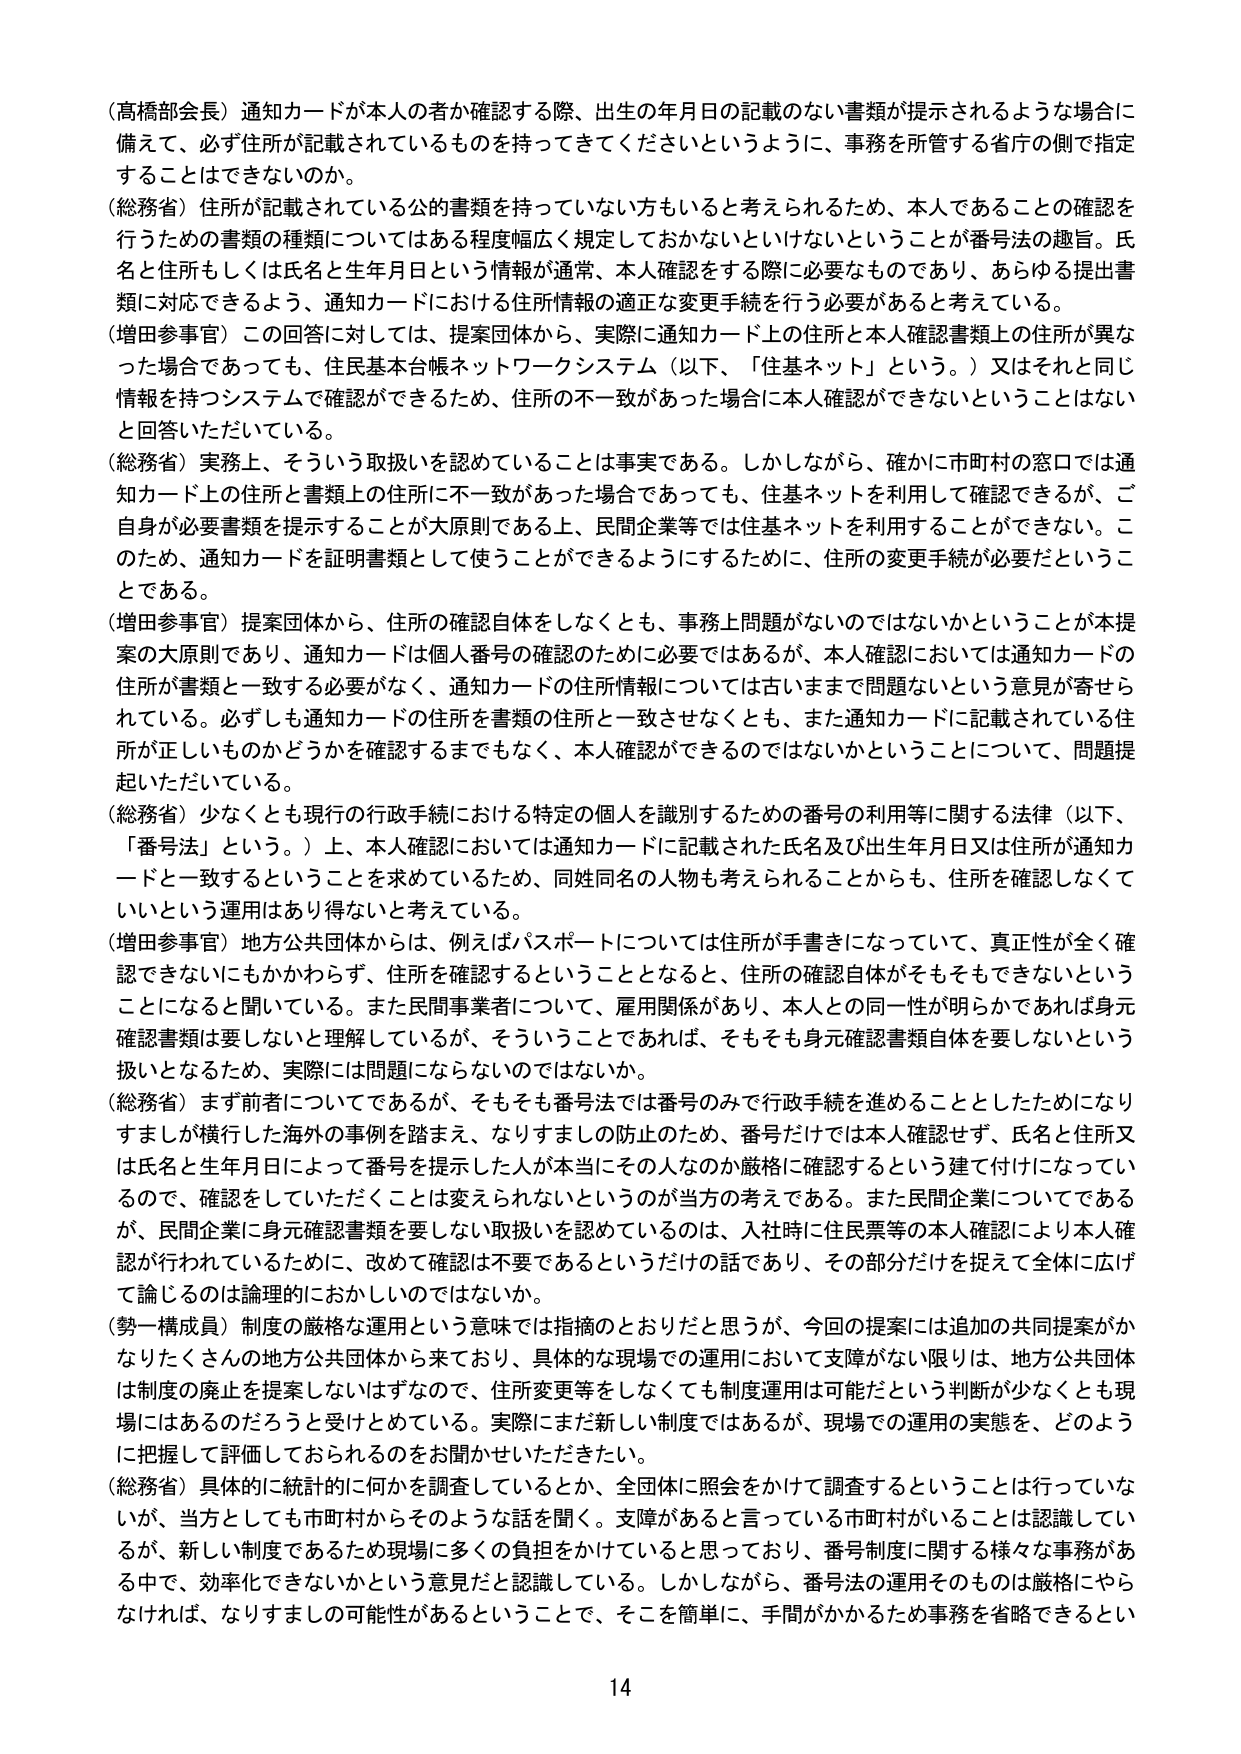
（高橋部会長）通知カードが本人の者か確認する際、出生の年月日の記載のない書類が提示されるような場合に備えて、必ず住所が記載されているものを持ってきてくださいというように、事務を所管する省庁の側で指定することはできないのか。

（総務省）住所が記載されている公的書類を持っていない方もいると考えられるため、本人であることの確認を行うための書類の種類についてはある程度幅広く規定しておかないといけないということが番号法の趣旨。氏名と住所もしくは氏名と生年月日という情報が通常、本人確認をする際に必要なものであり、あらゆる提出書類に対応できるよう、通知カードにおける住所情報の適正な変更手続を行う必要があると考えている。

（増田参事官）この回答に対しては、提案団体から、実際に通知カード上の住所と本人確認書類上の住所が異なった場合であっても、住民基本台帳ネットワークシステム（以下、「住基ネット」という。）又はそれと同じ情報を持つシステムで確認ができるため、住所の不一致があった場合に本人確認ができないということはないと回答いただいている。

（総務省）実際上、そういう取扱いを認めていることは事実である。しかしながら、確かに市町村の窓口では通知カード上の住所と書類上の住所に不一致があった場合であっても、住基ネットを利用して確認できるが、ご自身が必要書類を提示することが大原則である上、民間企業等では住基ネットを利用することはできない。このため、通知カードを証明書類として使うことができるようにするために、住所の変更手続が必要だということである。

（増田参事官）提案団体から、住所の確認自体をしなくとも、事務上問題がないのではないかということが本提案の大原則であり、通知カードは個人番号の確認のために必要ではあるが、本人確認においては通知カードの住所が書類と一致する必要がなく、通知カードの住所情報については古いままで問題ないという意見が寄せられている。必ずしも通知カードの住所を書類の住所と一致させなくとも、また通知カードに記載されている住所が正しいものかどうかを確認するまででもなく、本人確認ができるのではないかということについて、問題提起いただいている。

（総務省）少なくとも現行の行政手続における特定の個人を識別するための番号の利用等に関する法律（以下、「番号法」という。）上、本人確認においては通知カードに記載された氏名及び出生年月日又は住所が通知カードと一致するということを求めているため、同姓同名の人物も考えられることからも、住所を確認しなくていいという運用はあり得ないと考えている。

（増田参事官）地方公共団体からは、例えばパスポートについては住所が手書きになっていて、真正性が全く確認できないにもかかわらず、住所を確認するということとなると、住所の確認自体がそもそもできないということになると聞いています。また民間事業者について、雇用関係があり、本人との同一性が明らかであれば身元確認書類は要しないと理解しているが、そういうことであれば、そもそも身元確認書類自体を要しないという扱いとなるため、実際には問題にならないのではないか。

（総務省）まず前者についてであるが、そもそも番号法では番号のみで行政手続を進めることとしたためになりすましが横行した海外の事例を踏まえ、なりすましの防止のため、番号だけでは本人確認せず、氏名と住所又は氏名と生年月日によって番号を提示した人が本当にその人なのか厳格に確認するという建て付けになっているので、確認をしていただくことは変えられないというのが当方の考えである。また民間企業についてであるが、民間企業に身元確認書類を要しない取扱いを認めているのは、入社時に住民票等の本人確認により本人確認が行われているために、改めて確認は不要であるというだけの話であり、その部分だけを捉えて全体に広げて論じるのは論理的におかしいのではないか。

（勢一構成員）制度の厳格な運用という意味では指摘のとおりだと思うが、今回の提案には追加の共同提案がかなりたくさんの地方公共団体から来ており、具体的な現場での運用において支障がない限りは、地方公共団体は制度の廃止を提案しないはずなので、住所変更等をしなくても制度運用は可能だという判断が少なくとも現場にはあるのだろうと受けとめている。実際にまだ新しい制度ではあるが、現場での運用の実態を、どのように把握して評価しておられるのかをお聞かせいただきたい。

（総務省）具体的に統計的に何かを調査しているとか、全国体に照会をかけて調査するということは行っていないが、当方としても市町村からそのような話を聞く。支障があると言っている市町村がいることは認識しているが、新しい制度であるため現場に多くの負担をかけていると思っており、番号制度に関する様々な事務がある中で、効率化できないかという意見だと認識している。しかしながら、番号法の運用そのものは厳格にやらなければ、なりすましの可能性があるということで、そこを簡単に、手間がかかるため事務を省略できるとい

14